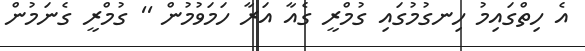
އެ ހިތްގައިމު ހިނގުމުގައި ގުމްރީ ގެއާ އަރާ ހަމަވުމުން '' ގުމްރީ ގެނަމުން